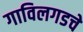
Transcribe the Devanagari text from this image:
गाविलगडचे